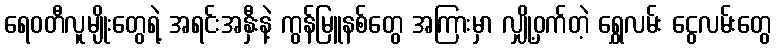
ရေဝတီလူမျိုးတွေရဲ့ အရင်းအနှီးနဲ့ ကွန်မြူနစ်တွေ အကြားမှာ လျှို့ဝှက်တဲ့ ရွှေလမ်း ငွေလမ်းတွေ